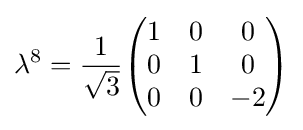
\lambda ^{8}={\frac {1}{\sqrt {3}}}{\begin{pmatrix}1&0&0\\0&1&0\\0&0&-2\end{pmatrix}}